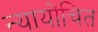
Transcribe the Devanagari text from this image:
न्‍यायोंचित